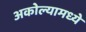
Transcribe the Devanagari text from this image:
अकोल्यामध्ये